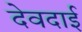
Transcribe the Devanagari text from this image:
देवदाई